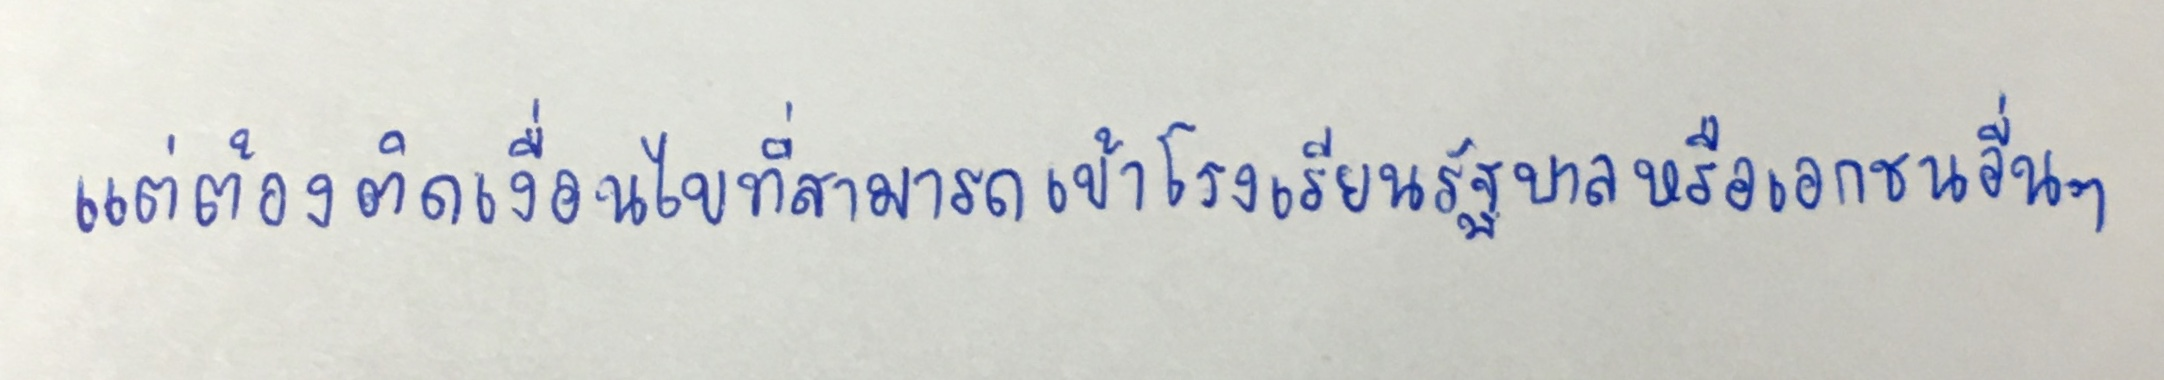
แต่ต้องติดเงื่อนไขที่ไม่สามารถเข้าโรงเรียนรัฐบาลหรือเอกชนอื่นๆ